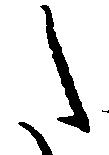
た